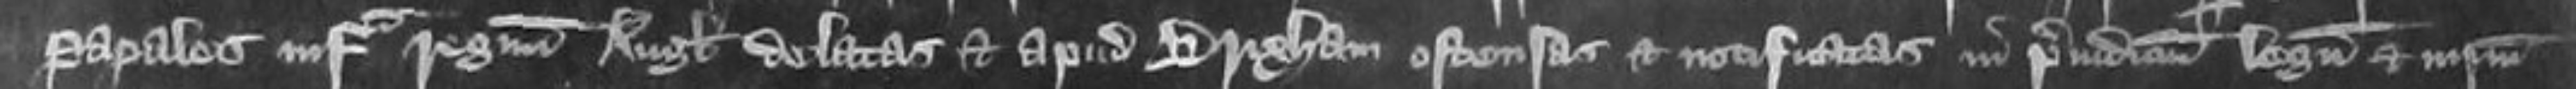
papales infra regnum Anglie delatas et apud Brixham ostensas et notificatas in preiudicium legem et iniuriam